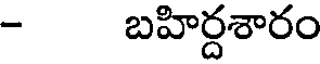
- బహిర్దశారం